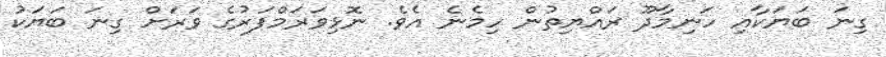
ގިނަ ބަޔަކާއި ހަނިމާދޫ ރައްޔިތުން ހިމެނެ އެވެ. ނޮޅިވަރަމްފަރުގެ ވަރަށް ގިނަ ބަޔަކު